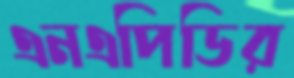
এনএপিডির